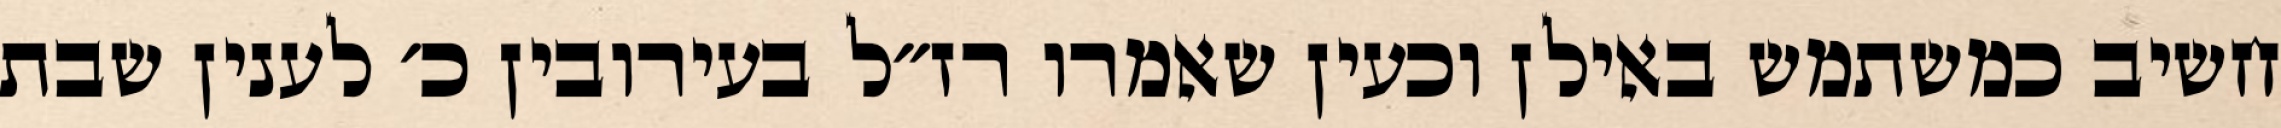
חשיב כמשתמש באילן וכעין שאמרו רז״ל בעירובין כ׳ לענין שבת